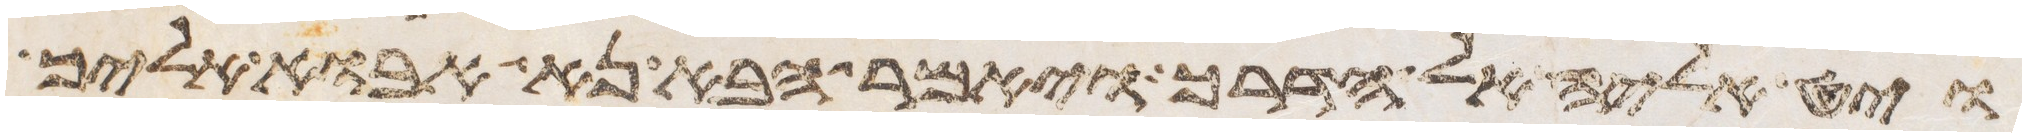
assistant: ויט אליה אל הדרך ויאמר הבא נא אבוא אליך